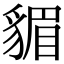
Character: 𧳬